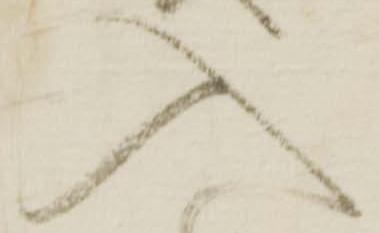
入